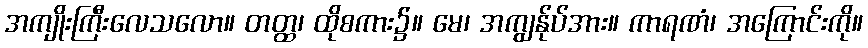
အကျိုးကြီးလေသလော။ တတ္ထ၊ ထိုစကား၌။ မေ၊ အကျွန်ုပ်အား။ ကာရဏံ၊ အကြောင်းကို။